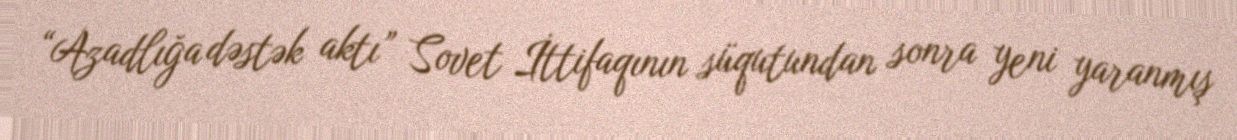
“Azadlığa dəstək aktı” Sovet İttifaqının süqutundan sonra yeni yaranmış